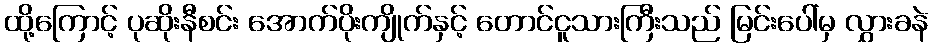
ထို့ကြောင့် ပုဆိုးနီစင်း အောက်ပိုးကျိုက်နှင့် တောင်ငူသားကြီးသည် မြင်းပေါ်မှ လွှားခနဲ